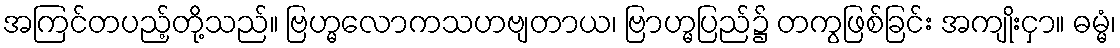
အကြင်တပည့်တို့သည်။ ဗြဟ္မလောကသဟဗျတာယ၊ ဗြာဟ္မပြည်၌ တကွဖြစ်ခြင်း အကျိုးငှာ။ ဓမ္မံ၊